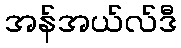
အန်အယ်လ်ဒီ